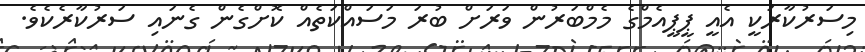
މިސަރުކާރަކީ އެއީ ޕީޕީއެމްގެ މެމްބަރުން ވަރަށް ބުރަ މަސައްކަތެއް ކޮށްގެން ގެނައި ސަރުކާރެކެވެ.